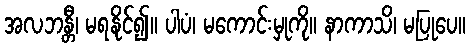
အလဘန္တီ၊ မရနိုင်၍။ ပါပံ၊ မကောင်းမှုကို။ နာကာသိ၊ မပြုပေ။